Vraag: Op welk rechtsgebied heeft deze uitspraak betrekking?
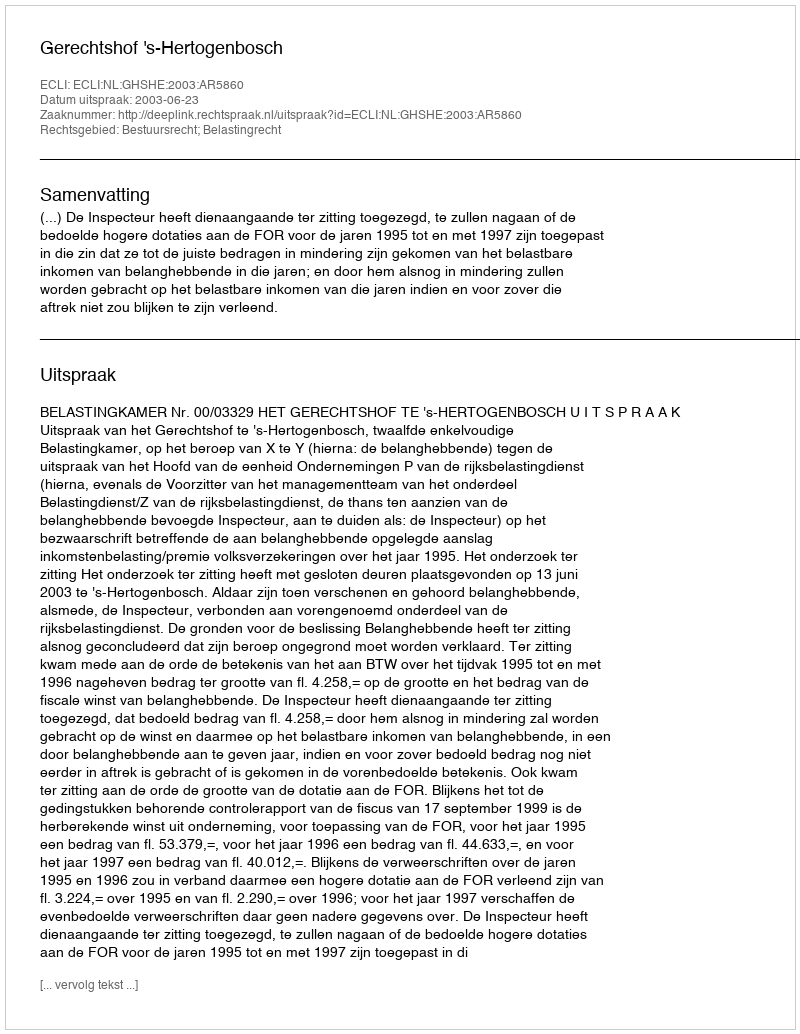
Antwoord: Bestuursrecht; Belastingrecht